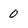
Character: 0